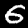
Digit: 6